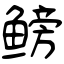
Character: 鳑